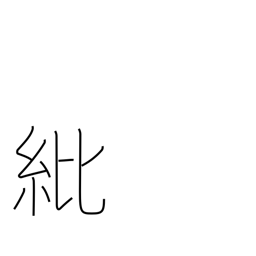
Meaning: decoration